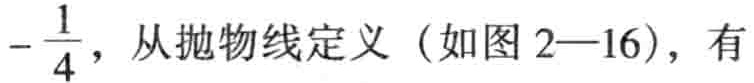
$-\frac{1}{4}，从抛物线定义（如图2—16），有$